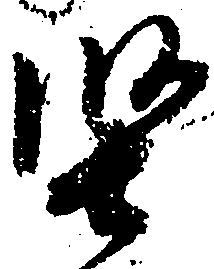
堅